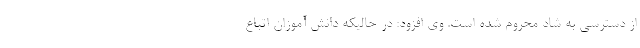
از دسترسی به شاد محروم شده است. وی افزود: در حالیکه دانش آموزان اتباع